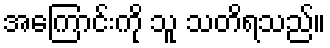
အကြောင်းကို သူ သတိရသည်။